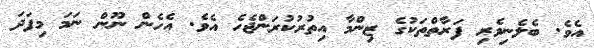
އެވެ. ބެލެނިވެރި ފަރާތްތަކުގެ ޒިންމާ އިތުރުކުރަންޖެހެ އެވެ. އެހެން ނޫން ނަމަ މިފަދަ